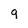
Character: 9